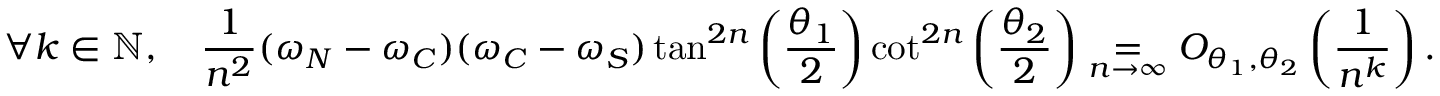
\forall k \in \mathbb { N } , \quad \frac { 1 } { n ^ { 2 } } ( \omega _ { N } - \omega _ { C } ) ( \omega _ { C } - \omega _ { S } ) \tan ^ { 2 n } \left( \frac { \theta _ { 1 } } { 2 } \right) \cot ^ { 2 n } \left( \frac { \theta _ { 2 } } { 2 } \right) \underset { n \to \infty } { = } O _ { \theta _ { 1 } , \theta _ { 2 } } \left( \frac { 1 } { n ^ { k } } \right) .